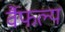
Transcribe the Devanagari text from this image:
र्वैफल्य